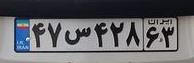
۴۷س۴۲۸۶۳